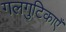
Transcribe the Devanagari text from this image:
गलगुटिकाएँ